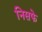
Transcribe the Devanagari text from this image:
निसफे